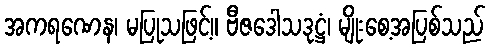
အကရဏေန၊ မပြုသဖြင့်။ ဗီဇဒေါသဒုဋ္ဌံ၊ မျိုးစေ့အပြစ်သည်